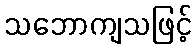
သဘောကျသဖြင့်